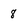
Character: 8